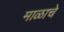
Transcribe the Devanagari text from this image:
माळाचे